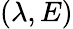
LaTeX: \left(\lambda,E\right)